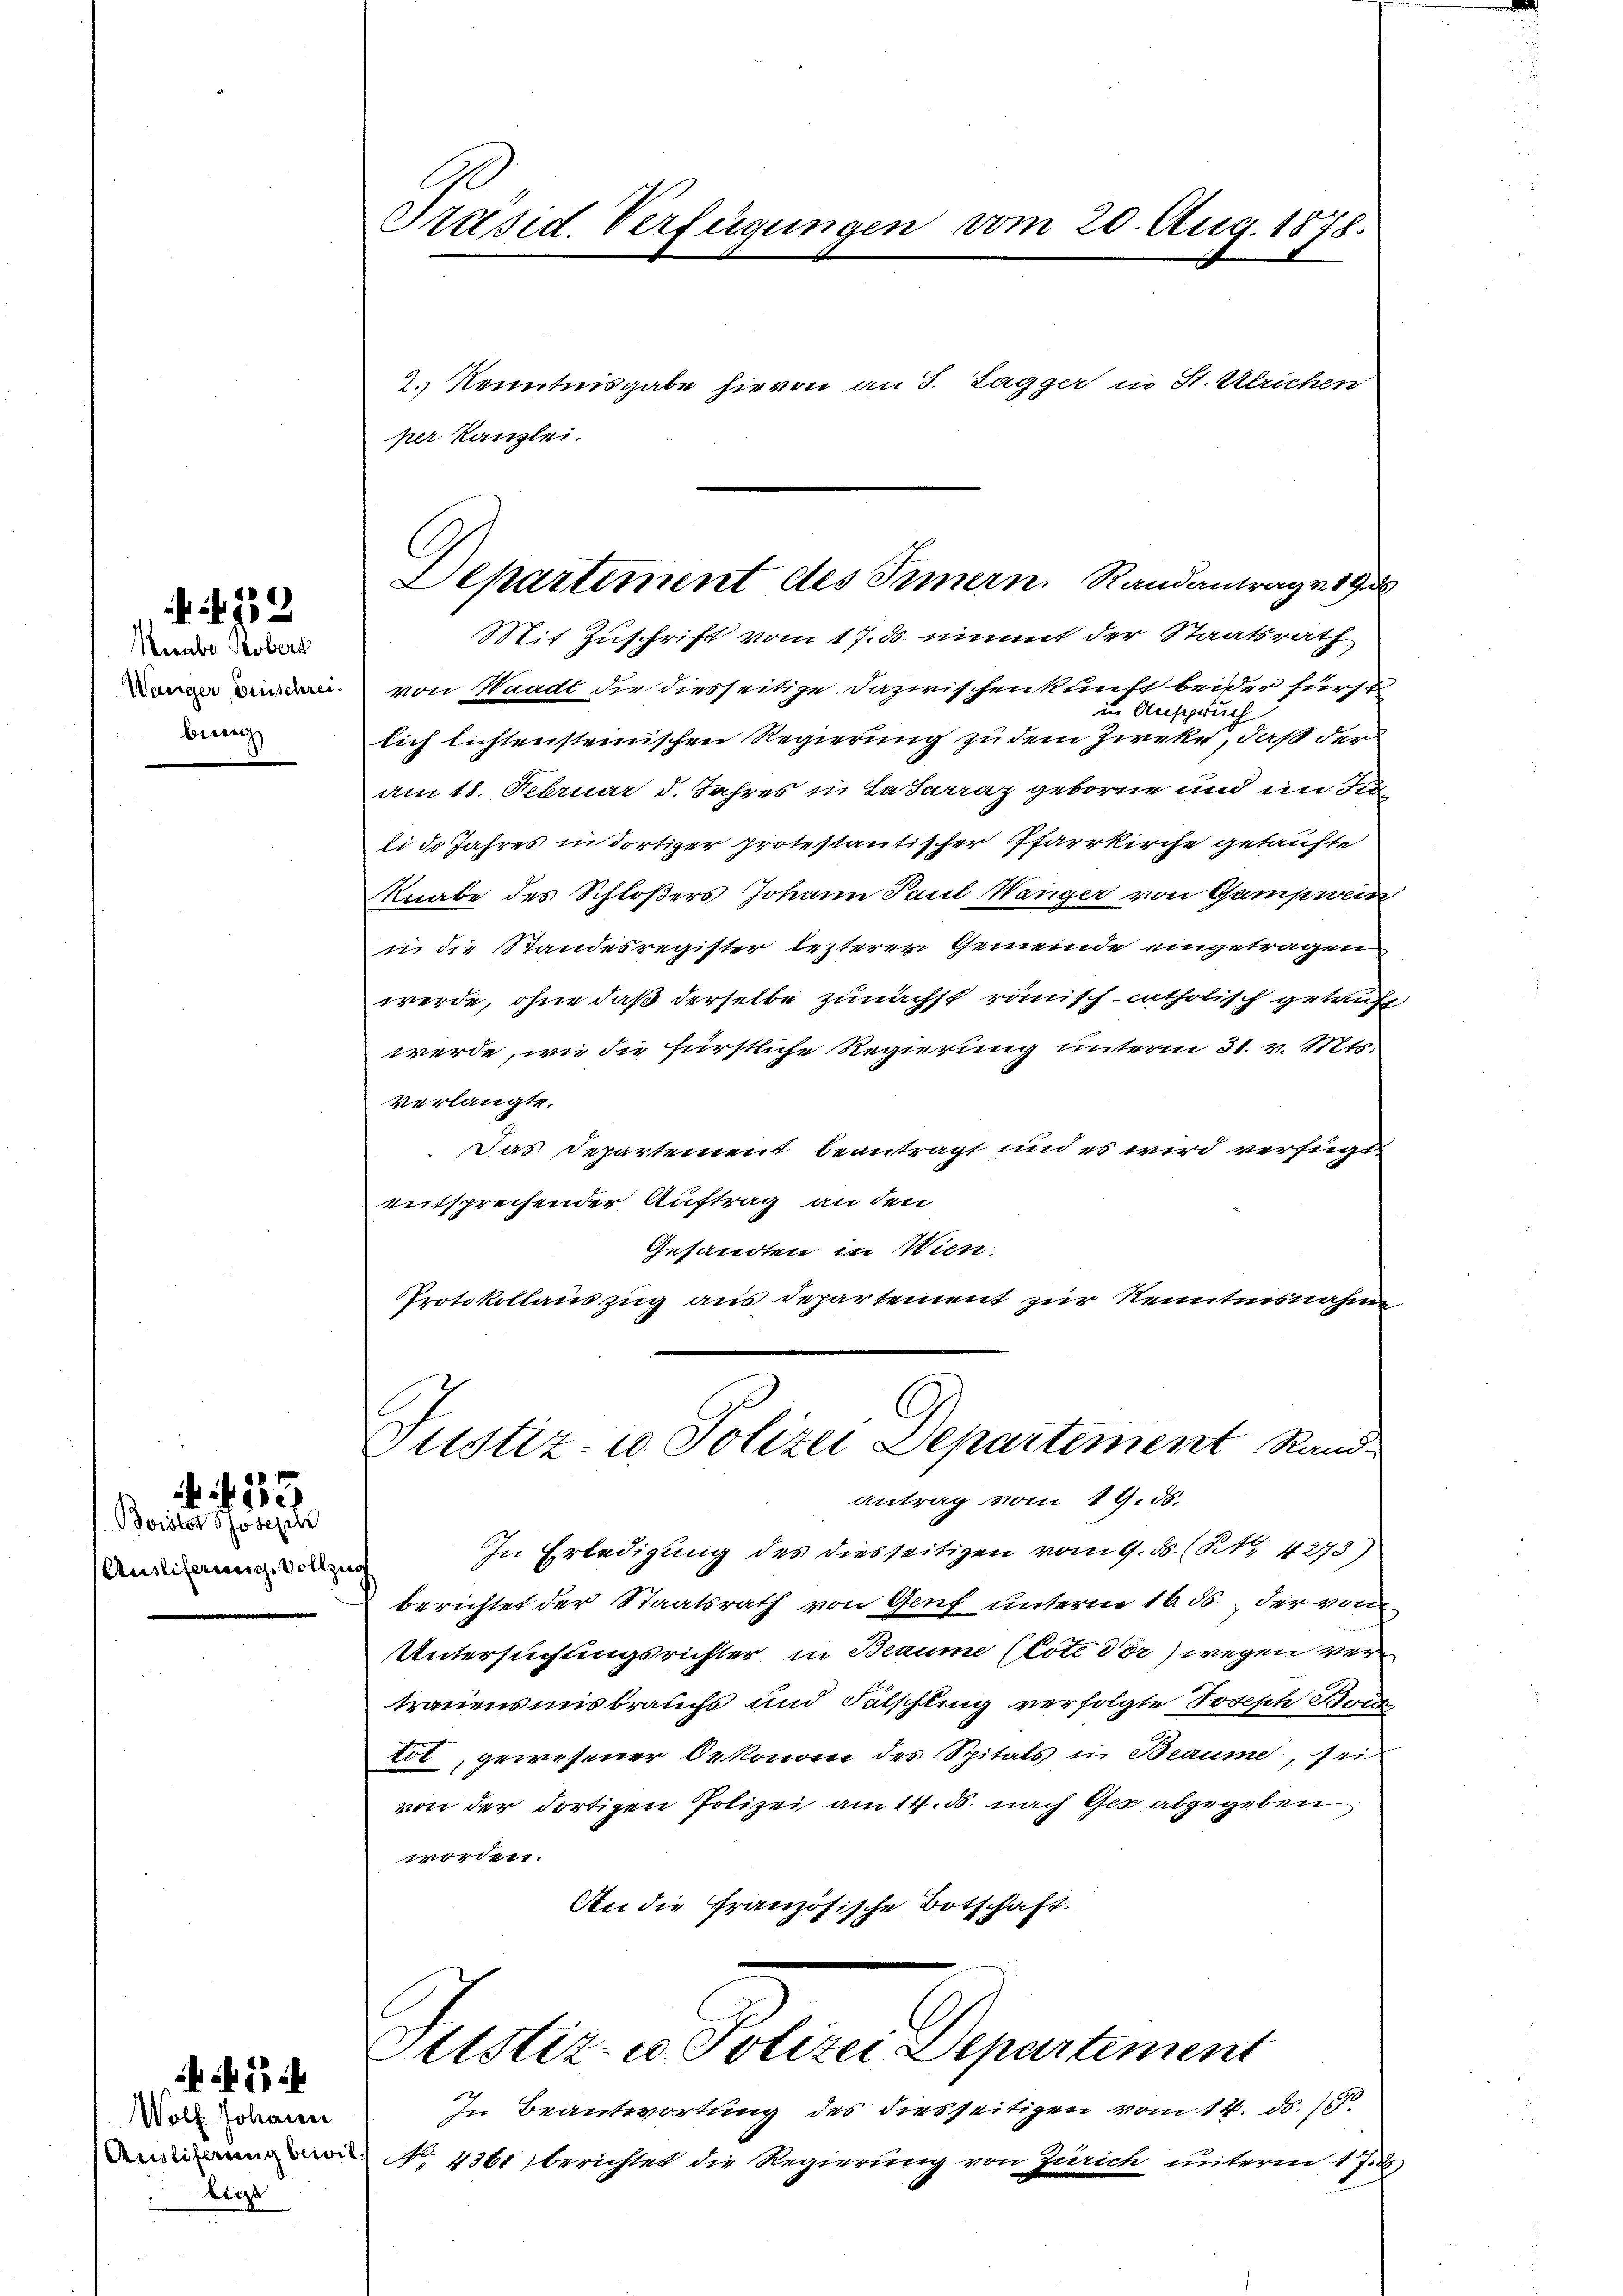
Herabo Robert
Wanger, Einschreibinne

422

Auslieferung vollzin

433
Boistor Joseph

Wolk Johann
bige

b
Präsid. Verfügungen vom 20. Aug. 1878.

. Kenntnisgabe hievon an J. Lagger in St. Ulrichen
per Kanzlei.
Mit Zuschrift vom 17. d. nimmt der Staatsrath
von Waadt die diesseitige Dazwischen kunft beider fürst
in Anspruch
lich lichtenstrenischen Regierung zu dem Zircke, daß der
am 18. Februar d. Jahres in Lafarraz geborne und im Sin
li d. Jahres in dortiger protestantischer Pfarrkirche getaufte
Knabe des Schloßers Johann Paul Wanger von Gampwein
i die Standesregister lezterer Gemeinde eingetragen
werde, ohne daß derselbe zunächst römisch-catholisch getauft
werde, wie die fürstliche Regierung unterm 31. v. Mts.
verlangte.
Das Departement beantragt und es wird verfügt
entsprechender Auftrag an den
Gesandten in Wien.
Protokollauszug aus departement zur Kenntnisnahme
Justiz- u. Polizei Departement Rand-
Antrag vom 19. 85.
In Erledigung des diesseitigen vom 9. ds. (S. 4273)
berichtet der Staatsrath von Genf unterm 16. ds., der vom
Untersuchungsrichter in Beaume (tote der) wegen vertrauensmisbrauchs und Fälschling verfolgte Joseph Schrei
tot, gewesener Oekonom des Spitals in Beaume, sei
von der dortigen Polizei am 14. d. nach Ges abgegeben
worden.
An die Französische Botschaft.

Departement des Innern. Randantrage 19

In Beantwortung des diesseitigen vom 14. ds. 18.
Deine No 1361 berichtet die Regierung von Zürich unterm 17.)

Ottstiz- u. Polizei Departement